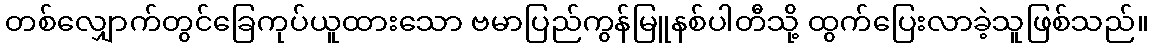
တစ်လျှောက်တွင်ခြေကုပ်ယူထားသော ဗမာပြည်ကွန်မြူနစ်ပါတီသို့ ထွက်ပြေးလာခဲ့သူဖြစ်သည်။